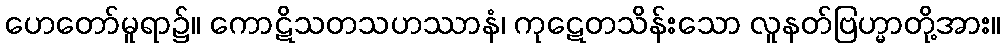
ဟေတော်မူရာ၌။ ကောဋိသတသဟဿာနံ၊ ကုဋေတသိန်းသော လူနတ်ဗြဟ္မာတို့အား။